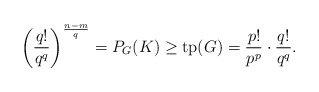
\begin{align*}\left(\frac{q!}{q^q}\right)^{\frac{n-m}{q}} = P_G(K) \geq \mathrm{tp}(G) = \frac{p!}{p^p} \cdot \frac{q!}{q^q}.\end{align*}